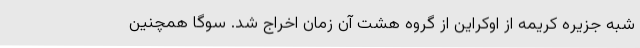
شبه جزیره کریمه از اوکراین از گروه هشت آن زمان اخراج شد. سوگا همچنین